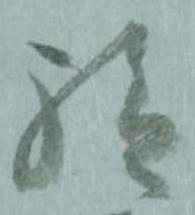
給